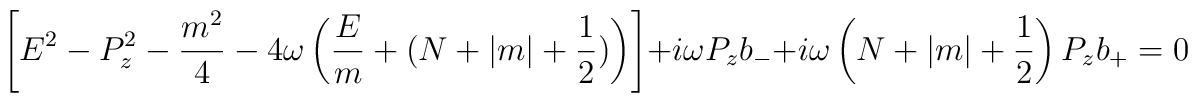
\left[ E^{2}-P_{z}^{2}-\frac{m^{2}}{4}-4\omega \left( \frac{E}{m}+(N+\left|m\right| +\frac{1}{2})\right) \right] +i\omega P_{z}b_{-}+i\omega \left(N+\left| m\right| +\frac{1}{2}\right) P_{z}b_{+}=0